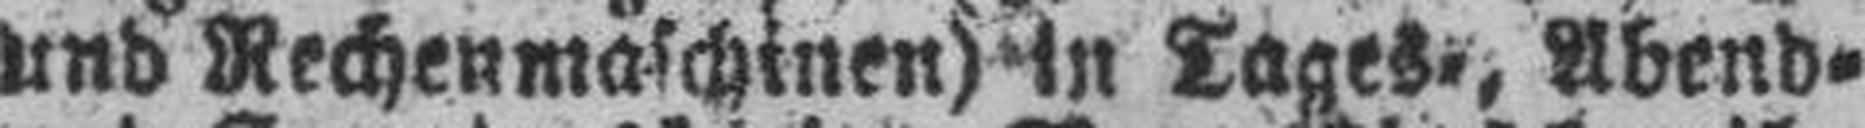
und Rechenmaschinen) in Tages=, Abend=